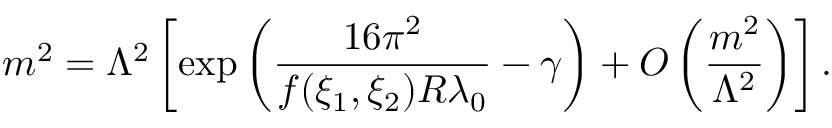
m ^ { 2 } = \Lambda ^ { 2 } \left[ \exp \left( \frac { 1 6 \pi ^ { 2 } } { f ( \xi _ { 1 } , \xi _ { 2 } ) R \lambda _ { 0 } } - \gamma \right) + O \left( \frac { m ^ { 2 } } { \Lambda ^ { 2 } } \right) \right] .